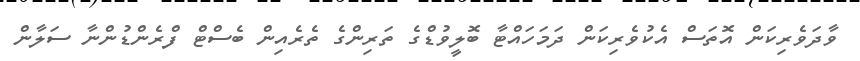
ވާދަވެރިކަން އޮތަސް އެކުވެރިކަން ދަމަހައްޓާ ބޮލީވުޑްގެ ތަރިންގެ ތެރެއިން ބެސްޓް ފްރެންޑުންނާ ސަލާން